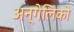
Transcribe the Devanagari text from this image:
अन्गेलिको